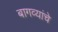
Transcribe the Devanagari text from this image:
बागव्यांचे